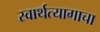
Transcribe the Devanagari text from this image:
स्वार्थत्यागाचा